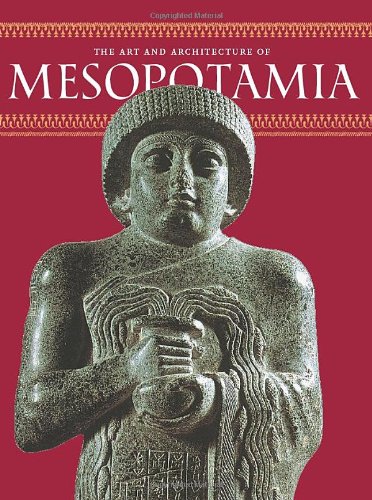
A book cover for The Art and Architecture of Mesopotamia; Giovanni Curatola; History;